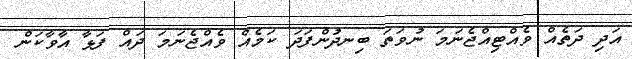
އަދި ދަތެއް ވެއްޓިއްޖެނަމަ ނުވަތަ ބިނދުންފަދަ ކަމެއް ވެއްޖެނަމަ ދައް ފަޅާ އާވާކަން